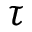
\tau